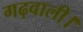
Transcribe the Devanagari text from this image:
गढ़वाली।